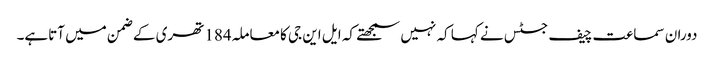
دوران سماعت چیف جسٹس نے کہا کہ نہیں سمجھتے کہ ایل این جی کامعاملہ184تھری کے ضمن میں آتاہے۔